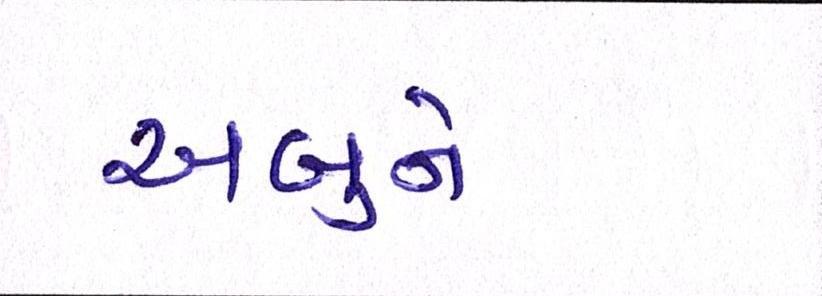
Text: અબુને